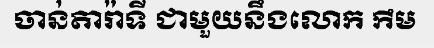
ចាន់តារ៉ាទី ជាមួយនឹងលោក កឹម